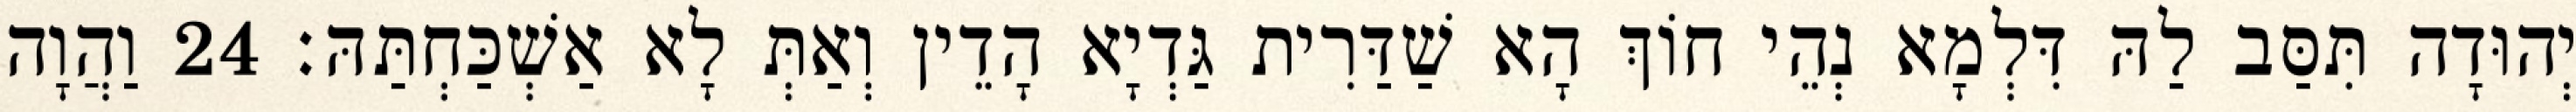
יְהוּדָה תִּסַּב לַהּ דִּלְמָא נְהֵי חוֹךְ הָא שַׁדַּרִית גַּדְיָא הָדֵין וְאַתְּ לָא אַשְׁכַּחְתַּהּ׃ 24 וַהֲוָה